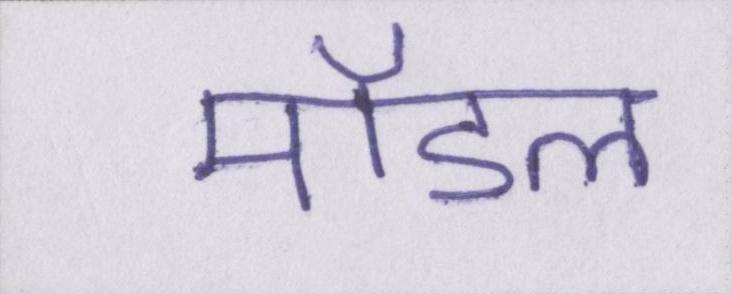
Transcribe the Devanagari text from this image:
मॉडल